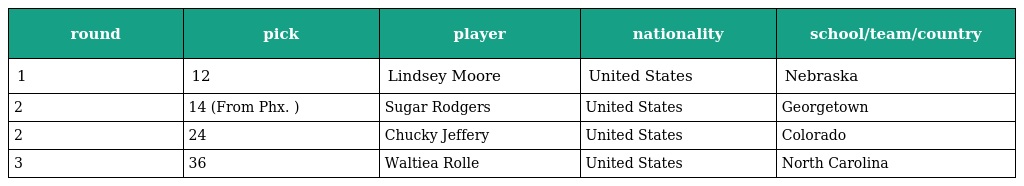
| round | pick | player | nationality | school/team/country |
 | --- | --- | --- | --- | --- |
 | 1 | 12 | Lindsey Moore | United States | Nebraska |
 | 2 | 14 (From Phx. ) | Sugar Rodgers | United States | Georgetown |
 | 2 | 24 | Chucky Jeffery | United States | Colorado |
 | 3 | 36 | Waltiea Rolle | United States | North Carolina |